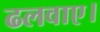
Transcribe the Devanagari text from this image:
ढलवाए।